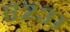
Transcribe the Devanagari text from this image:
६२३१